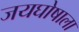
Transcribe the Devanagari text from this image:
जयघोषाला